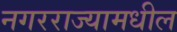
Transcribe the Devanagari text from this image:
नगरराज्यामधील